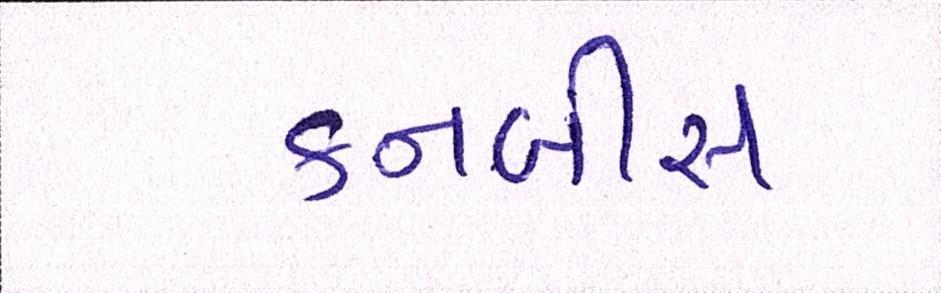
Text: કનબીસ